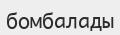
бомбалады